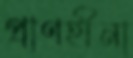
প্রাণহীনা